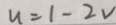
u = 1 - 2 V